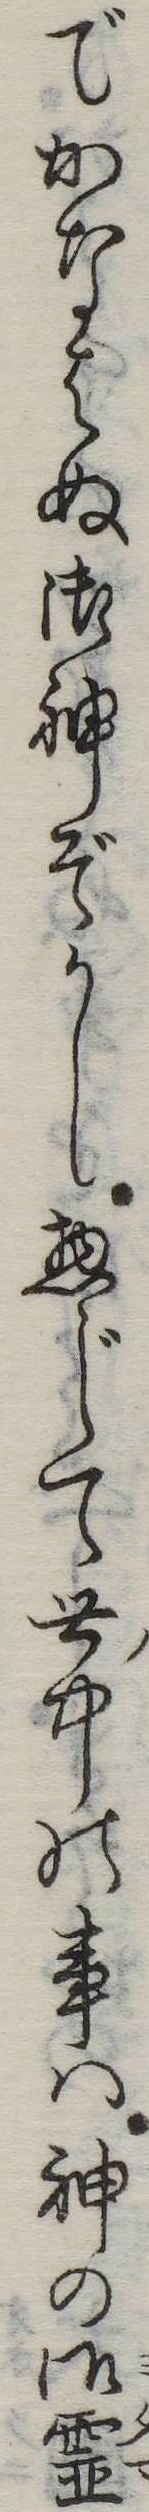
でかなはぬ御神ぞかし惣じて世中の事は神の御霊